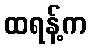
ထရန့်က